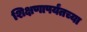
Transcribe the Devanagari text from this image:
शिक्षणापर्यंतच्या